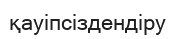
қауіпсіздендіру